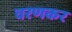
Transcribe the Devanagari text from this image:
वरणकर